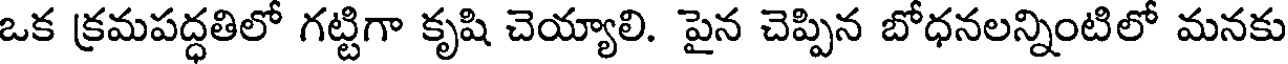
ఒక క్రమపద్ధతిలో గట్టిగా కృషి చెయ్యాలి. పైన చెప్పిన బోధనలన్నింటిలో మనకు